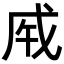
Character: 𢦩